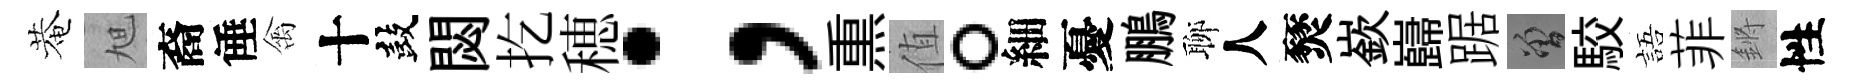
菴旭裔倕禽十鼓閟扢穂；𤋱值。細憂鵬聊人燹嶔巋踞曾駮語菲鏘性